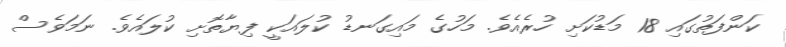
ކަންފަތުގައި 18 މަޑުކަށި ހުރެއެވެ. މަހުގެ މައިގަނޑު ކުލައަކީ ފިޔާތޮށި ކުލައެވެ. ނަމަވެސް